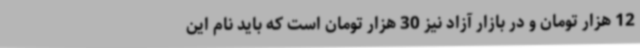
12 هزار تومان و در بازار آزاد نیز 30 هزار تومان است که باید نام این